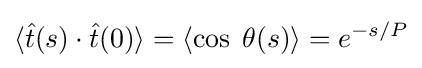
\langle {\hat {t}}(s)\cdot {\hat {t}}(0)\rangle =\langle \cos \;\theta (s)\rangle =e^{-s/P}